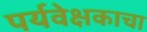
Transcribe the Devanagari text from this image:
पर्यवेक्षकाचा